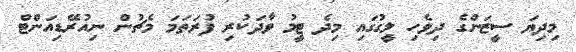
މިދިޔަ ސީޒަންގެ ދިވެހި ލީގުގައި މިދެ ޓީމު ވާދަކުރި ފުރަތަމަ މެޗުން ނިއުރޭޑިއަންޓް